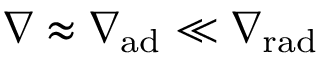
\ensuremath { \nabla } \approx \ensuremath { \nabla _ { \mathrm { { a d } } } } \ll \ensuremath { \nabla _ { \mathrm { { r a d } } } }